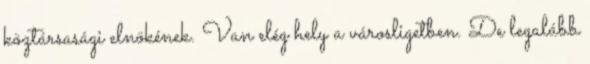
köztársasági elnökének. Van elég hely a városligetben. De legalább